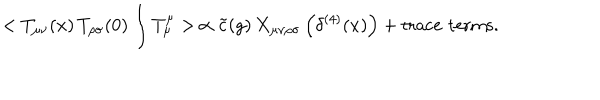
< T _ { \mu \nu } ( x ) \, T _ { \rho \sigma } ( 0 ) \int T _ { \mu } ^ { \mu } > \, \propto \tilde { c } ( g ) \, X _ { \mu \nu \rho \sigma } \left( \delta ^ { ( 4 ) } ( x ) \right) + \mathrm { t r a c e \, \, t e r m s . }